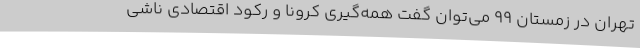
تهران در زمستان ۹۹ می‌توان گفت همه‌گیری کرونا و رکود اقتصادی ناشی